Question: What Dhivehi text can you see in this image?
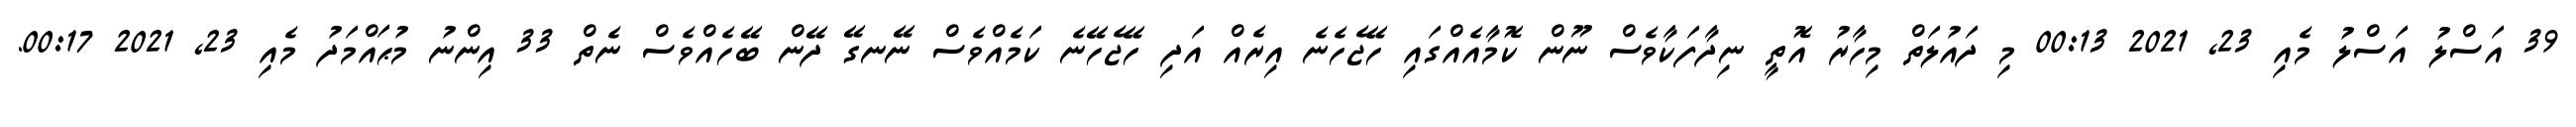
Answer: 39 އަސްލު އަސްލު މެއި 23, 2021 00:13 މި ދައުލަތް މިހާރު އޮތީ ނިދާފަކާވެސް ނޫން ކޮމާއެއްގައި ހޭޖެހެނެ އިރެއް އަދި ހޭޖެހޭނެ ކަމެއްވެސް ނޭނގޭ ދޭން ބޭހެއްވެސް ނެތް 33 އިންނު މުޙައްމަދު މެއި 23, 2021 00:17.